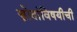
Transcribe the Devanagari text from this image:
स्त्रोतांविषयीची